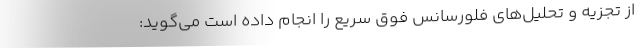
از تجزیه و تحلیل‌های فلورسانس فوق سریع را انجام داده است می‌گوید: